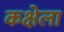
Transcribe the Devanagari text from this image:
कक्षेला